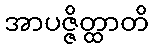
အာပဇ္ဇိတ္ထာတိ